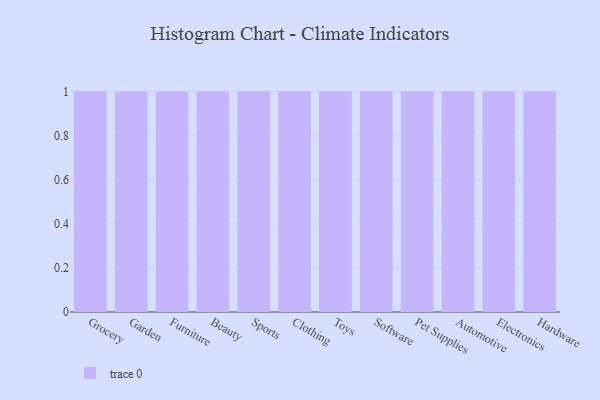
{"axis": {"x": "Category", "y": "Operating Costs (USD K)"}, "legend": [""], "data": [{"x": "Grocery", "y": 56, "type": ""}, {"x": "Garden", "y": 15, "type": ""}, {"x": "Furniture", "y": 5, "type": ""}, {"x": "Beauty", "y": 66, "type": ""}, {"x": "Sports", "y": 27, "type": ""}, {"x": "Clothing", "y": 74, "type": ""}, {"x": "Toys", "y": 82, "type": ""}, {"x": "Software", "y": 48, "type": ""}, {"x": "Pet Supplies", "y": 13, "type": ""}, {"x": "Automotive", "y": 13, "type": ""}, {"x": "Electronics", "y": 27, "type": ""}, {"x": "Hardware", "y": 16, "type": ""}]}